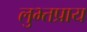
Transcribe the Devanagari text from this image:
लुभ्तप्राय